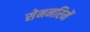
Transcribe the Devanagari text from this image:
सेमनरिमें